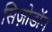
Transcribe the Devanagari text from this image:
सिज़ोडॉन